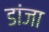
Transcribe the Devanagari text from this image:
डांजा